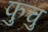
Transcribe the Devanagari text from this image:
फुचु